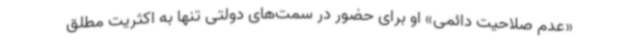
«عدم صلاحیت دائمی» او برای حضور در سمت‌های دولتی تنها به اکثریت مطلق